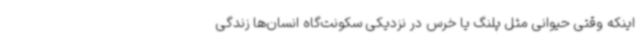
اینکه وقتی حیوانی مثل پلنگ یا خرس در نزدیکی سکونت‌گاه انسان‌ها زندگی